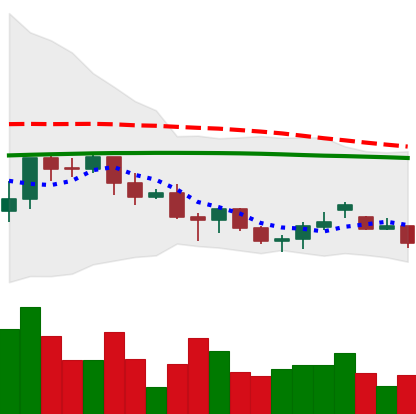
Ticker: LINK-USD
Chart end date: 2021-06-18
Forward return: -13.314%
Label: down_7plus